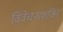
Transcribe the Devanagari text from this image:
विवेचनाशक्ति